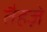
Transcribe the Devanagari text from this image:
तैहज़े